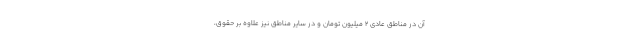
آن در مناطق عادی ۲ میلیون تومان و در سایر مناطق نیز علاوه بر حقوق،